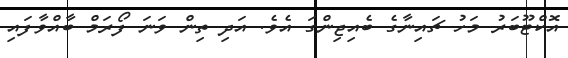
އޮކްޓޫބަރު މަހު ޗައިނާގެ ބެއިޖިންގަ އެވެ. އަދި ތިން ވަނަ ފޯރަމް ބާއްވާފައި